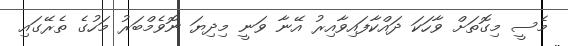
މެސީ މިގޮތަށް ވާހަކަ ދައްކާފައިވާއިރު އޭނާ ވަނީ މިދިޔަ ނޮވެމްބަރު މަހުގެ ތެރޭގައި